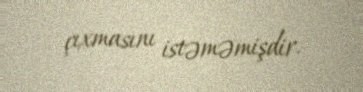
çıxmasını istəməmişdir.